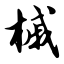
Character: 槭